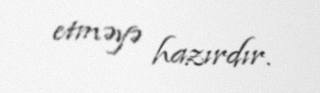
etməyə hazırdır.